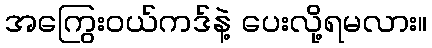
အကြွေးဝယ်ကဒ်နဲ့ ပေးလို့ရမလား။